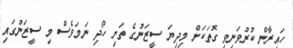
ހައިރާން ކުރުވަނިވި ގޮތަކަށް މިދިޔަ ސީޒަނުގެ ތަށި ހޯދި ނަމަވެސް މި ސީޒަނުގައި